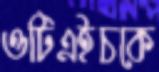
ওটিএইচকে